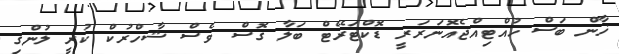
ޚާން ބަސް ހުއްޓިއްޖެއޮނަރަރީ ޑޮކްޓަރޭޓް ބަލާ ގޮސް ވެސް ޝާހްރުކް ކުރީ ލުންގި